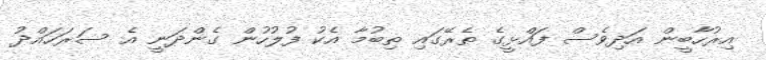
އިރުހާބީން އަދިވެސް ފައްޅީގެ ތެރޭގައި ތިބުމާ އެކު ފުލުހުން ގެންދަނީ އެ ސަރަހައްދު